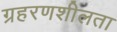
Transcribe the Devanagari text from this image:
ग्रहरणशीलता